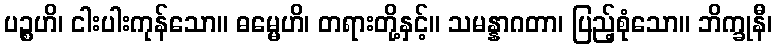
ပဉ္စဟိ၊ ငါးပါးကုန်သော။ ဓမ္မေဟိ၊ တရားတို့နှင့်။ သမန္နာဂတာ၊ ပြည့်စုံသော။ ဘိက္ခုနီ၊